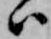
ハ